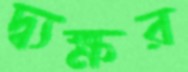
দ্ব্যক্ষর